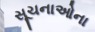
સૂચનાઓના